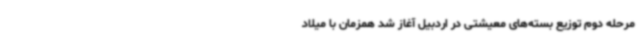
مرحله دوم توزیع بسته‌های معیشتی در اردبیل آغاز شد همزمان با میلاد